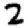
Digit: 2